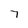
Character: 7